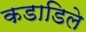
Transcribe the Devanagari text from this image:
कडाडिले